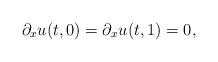
LaTeX: \begin{align*}\partial_x u(t,0)=\partial_x u(t,1)=0, \end{align*}